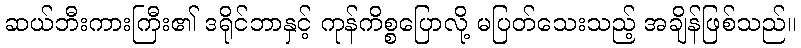
ဆယ်ဘီးကားကြီး၏ ဒရိုင်ဘာနှင့် ကုန်ကိစ္စပြောလို့ မပြတ်သေးသည့် အချိန်ဖြစ်သည်။